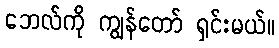
ဘေလ်ကို ကျွန်တော် ရှင်းမယ်။